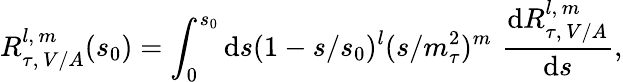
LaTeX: R_{\tau,\, V/A}^{l,\, m}(s_{0})=\int_{0}^{s_{0}}\mathrm{d}s(1-s/s_{0})^{l}(s/m_{\tau}^{2})^{m}\, \, \frac{\mathrm{d}R_{\tau,\, V/A}^{l,\, m}}{\mathrm{d}s},